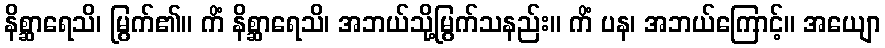
နိစ္ဆာရေသိ၊ မြွက်၏။ ကိံ နိစ္ဆာရေသိ၊ အဘယ်သို့မြွက်သနည်း။ ကိံ ပန၊ အဘယ်ကြောင့်။ အယျော